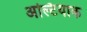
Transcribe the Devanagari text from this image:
अल्टियाक